画像に写った文字を読んでください
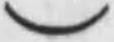
「)」と書いてあります